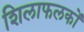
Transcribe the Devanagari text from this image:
शिलाफलकों